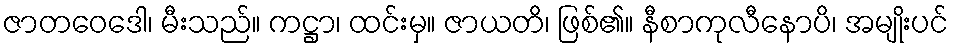
ဇာတဝေဒေါ၊ မီးသည်။ ကဋ္ဌာ၊ ထင်းမှ။ ဇာယတိ၊ ဖြစ်၏။ နီစာကုလီနောပိ၊ အမျိုးပင်